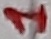
Text: 1